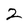
Character: 2